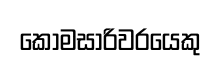
කොමසාරිවරයෙකු